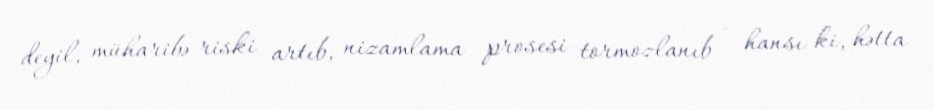
deyil, müharibə riski artıb, nizamlama prosesi tormozlanıb - hansı ki, hətta